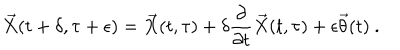
LaTeX: { \vec { X } } ( t + \delta , \tau + \epsilon ) = { \vec { X } } ( t , \tau ) + \delta \frac { \partial } { \partial t } { \vec { X } } ( t , \tau ) + \epsilon { \vec { \theta } } ( t ) \ .